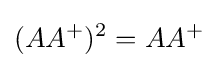
(AA^{+})^{2}=AA^{+}